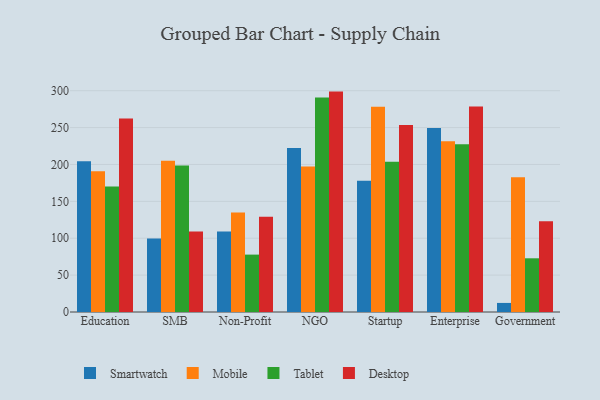
{"axis": {"x": "Segment", "y": "Customer Acquisition Cost (USD)"}, "legend": ["Desktop", "Mobile", "Smartwatch", "Tablet"], "data": [{"x": "Education", "y": 204.4, "type": "Smartwatch"}, {"x": "Education", "y": 190.9, "type": "Mobile"}, {"x": "Education", "y": 170.0, "type": "Tablet"}, {"x": "Education", "y": 262.4, "type": "Desktop"}, {"x": "SMB", "y": 99.6, "type": "Smartwatch"}, {"x": "SMB", "y": 204.9, "type": "Mobile"}, {"x": "SMB", "y": 198.6, "type": "Tablet"}, {"x": "SMB", "y": 109.2, "type": "Desktop"}, {"x": "Non-Profit", "y": 109.1, "type": "Smartwatch"}, {"x": "Non-Profit", "y": 134.8, "type": "Mobile"}, {"x": "Non-Profit", "y": 77.8, "type": "Tablet"}, {"x": "Non-Profit", "y": 129.2, "type": "Desktop"}, {"x": "NGO", "y": 222.4, "type": "Smartwatch"}, {"x": "NGO", "y": 197.4, "type": "Mobile"}, {"x": "NGO", "y": 290.8, "type": "Tablet"}, {"x": "NGO", "y": 298.8, "type": "Desktop"}, {"x": "Startup", "y": 177.8, "type": "Smartwatch"}, {"x": "Startup", "y": 278.4, "type": "Mobile"}, {"x": "Startup", "y": 203.8, "type": "Tablet"}, {"x": "Startup", "y": 253.4, "type": "Desktop"}, {"x": "Enterprise", "y": 249.6, "type": "Smartwatch"}, {"x": "Enterprise", "y": 231.5, "type": "Mobile"}, {"x": "Enterprise", "y": 227.3, "type": "Tablet"}, {"x": "Enterprise", "y": 278.7, "type": "Desktop"}, {"x": "Government", "y": 12.3, "type": "Smartwatch"}, {"x": "Government", "y": 182.8, "type": "Mobile"}, {"x": "Government", "y": 72.8, "type": "Tablet"}, {"x": "Government", "y": 123.2, "type": "Desktop"}]}